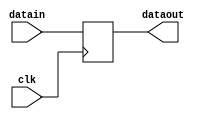
/*************************************************************
Design Name 	: 
File Name   	: .v
Function    	: 
Coder		    	: 
Last Modified	: 
*************************************************************/

module opb(datain,dataout,clk);
	input [15:0] datain;
	input clk;
	output [15:0] dataout;
	
	reg [15:0] dataout;
	
	always @ (posedge clk)
	begin
		dataout=datain;
		$display($time,"	At this posedge register B=%hh",dataout);
	end
	
endmodule